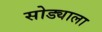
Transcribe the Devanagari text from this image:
सोड्याला